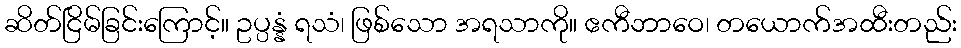
ဆိတ်ငြိမ်ခြင်းကြောင့်။ ဥပ္ပန္နံ ရသံ၊ ဖြစ်သော အရသာကို။ ဧကီဘာဝေ၊ တယောက်အထီးတည်း